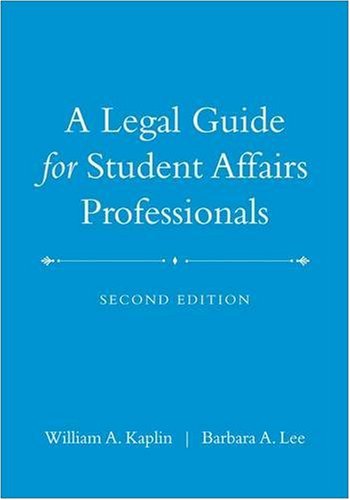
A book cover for A Legal Guide for Student Affairs Professionals: (Updated and Adapted from The Law of Higher Education, 4th Edition); William A. Kaplin; Law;